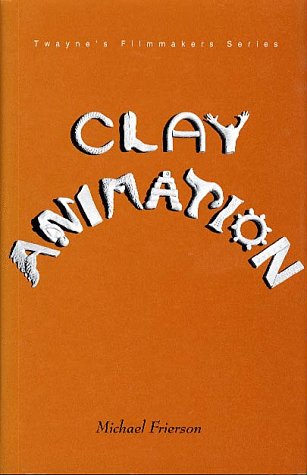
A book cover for Clay Animation : American Highlights 1908 to Present (Twayne's Filmmakers Series); Michael Frierson; Humor & Entertainment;